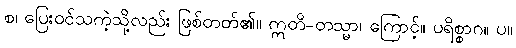
စ၊ ပြေးဝင်သကဲ့သို့လည်း ဖြစ်တတ်၏။ ဣတိ-တသ္မာ၊ ကြောင့်။ ပရိစ္စာဂ။ ပ။